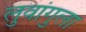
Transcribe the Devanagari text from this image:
लुवांगुला